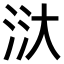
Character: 𣴘